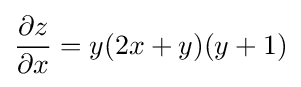
{\frac {\partial z}{\partial x}}=y(2x+y)(y+1)